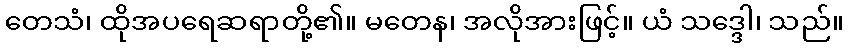
တေသံ၊ ထိုအပရေဆရာတို့၏။ မတေန၊ အလိုအားဖြင့်။ ယံ သဒ္ဒေါ၊ သည်။